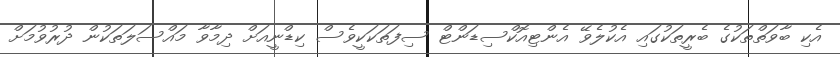
އެކި ބާވަތްތަކުގެ ބެރީތަކުގައި އެކުލެވޭ އެންޓިއޮކްސިޑަންޓް ސިފަތަކަކީވެސް ކިޑްނީއަށް ދިމާވާ މައްސަލަތަކުން ދުރުވުމަށް